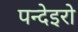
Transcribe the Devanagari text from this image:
पन्देइरो